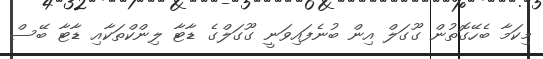
މިކަމާ ބެހޭގޮތުން ގޫގަލް އިން ބުނެފައިވަނީ ގޫގަލްގެ ޑާޓާ ލިންކްތަކާއި ޑާޓާ ބޭސް